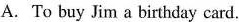
A. To buy Jim a birthday card.